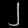
Digit: ၂